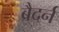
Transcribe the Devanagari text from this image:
ब्रैदर्न